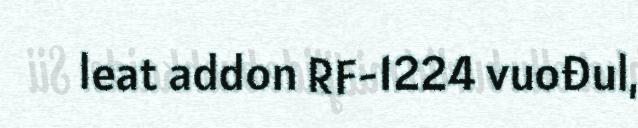
leat addon RF-1224 vuođul,